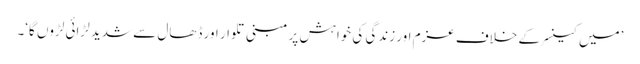
’میں کینسر کے خلاف عزم اور زندگی کی خواہش پر مبنی تلوار اور ڈھال سے شدید لڑائی لڑوں گا‘۔